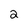
Character: 2